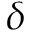
\delta